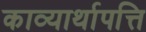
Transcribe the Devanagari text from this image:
काव्यार्थापत्ति